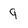
Character: g